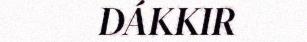
DÁKKIR